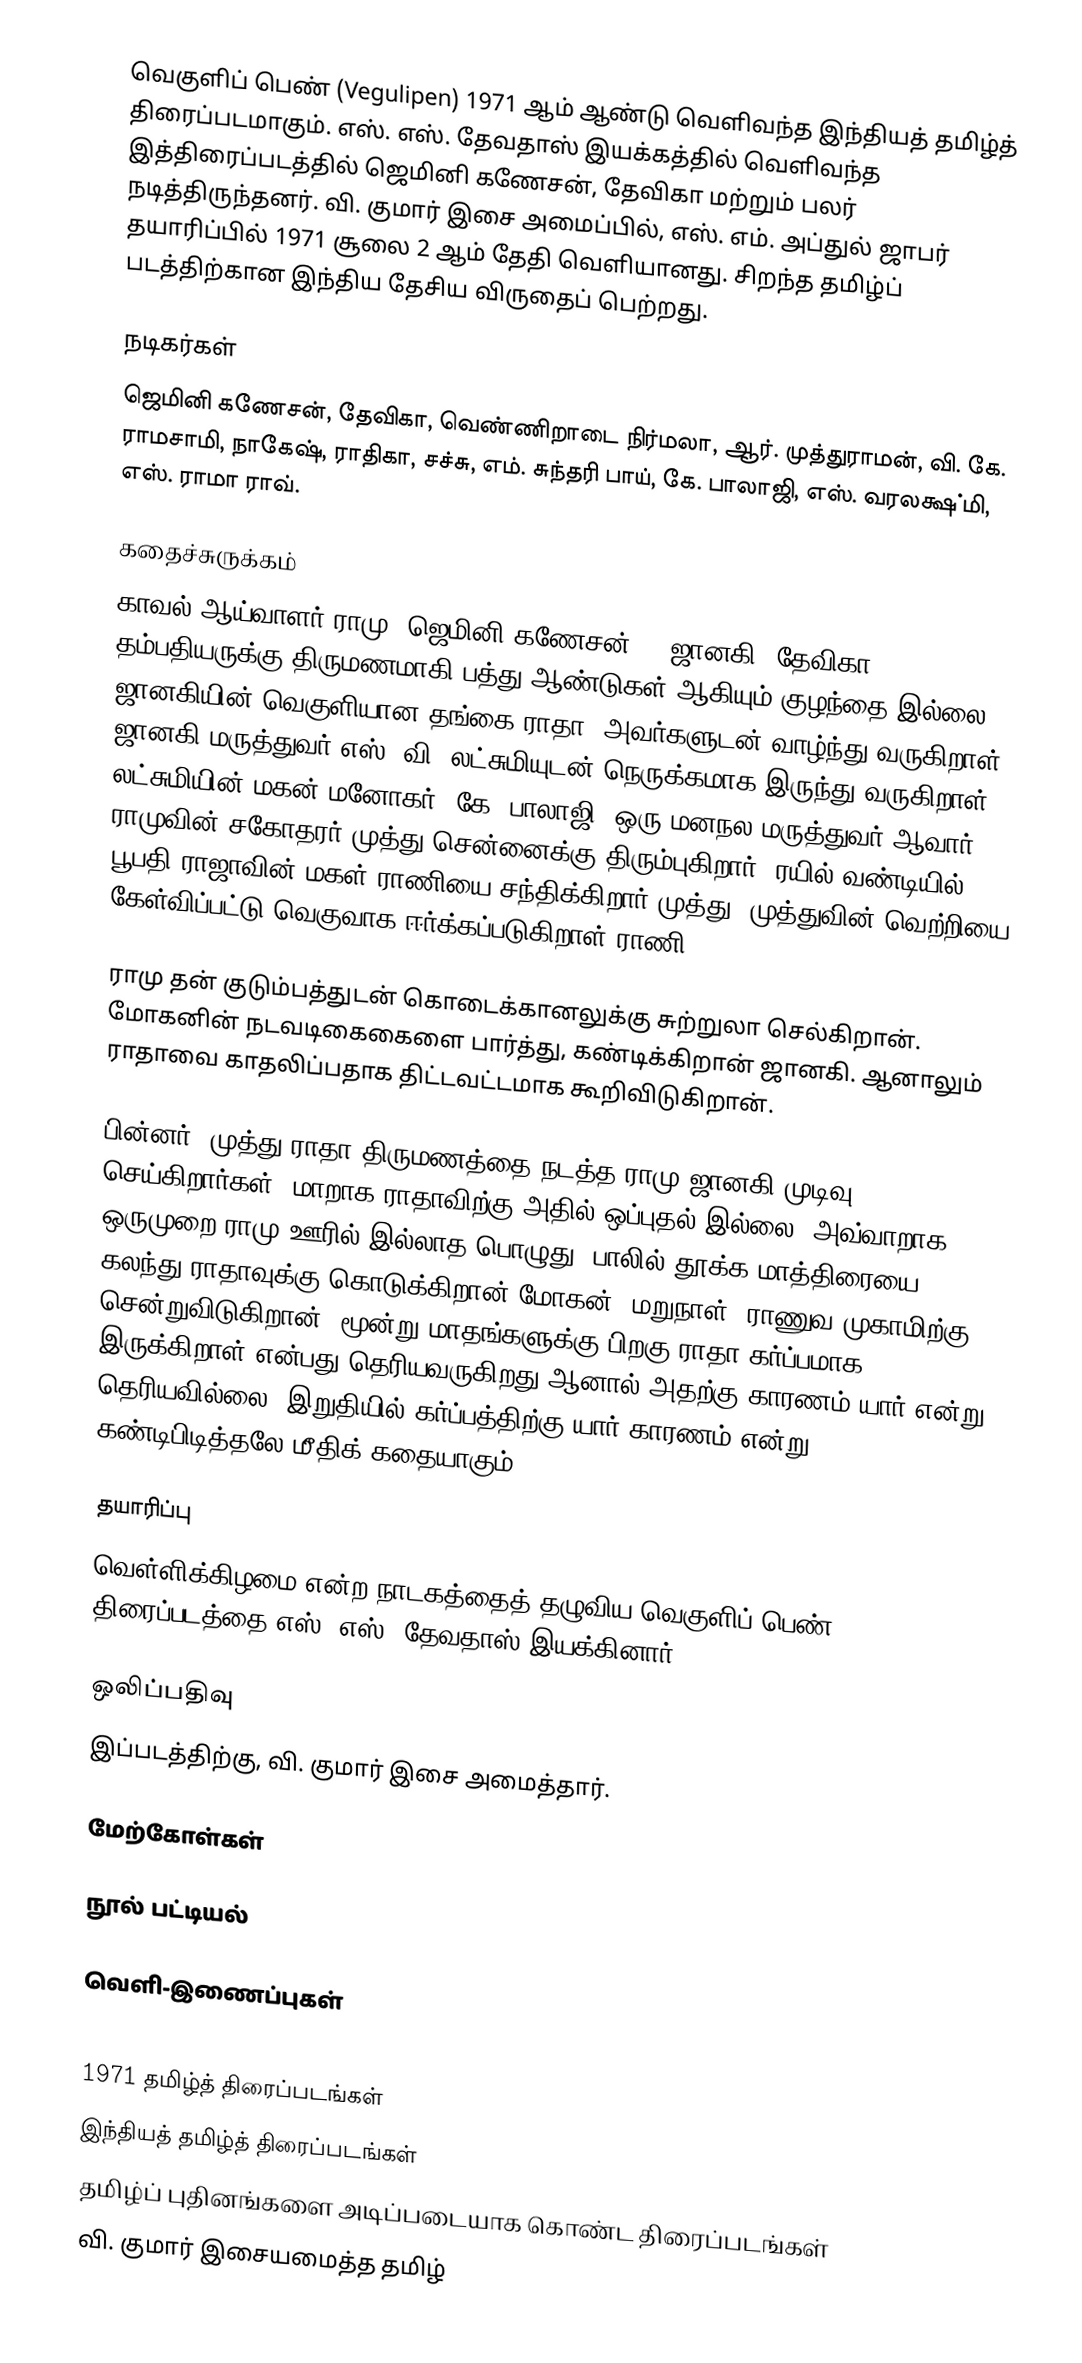
வெகுளிப் பெண் (Vegulipen) 1971 ஆம் ஆண்டு வெளிவந்த இந்தியத் தமிழ்த் திரைப்படமாகும். எஸ். எஸ். தேவதாஸ் இயக்கத்தில் வெளிவந்த இத்திரைப்படத்தில் ஜெமினி கணேசன், தேவிகா மற்றும் பலர் நடித்திருந்தனர். வி. குமார் இசை அமைப்பில், எஸ். எம். அப்துல் ஜாபர் தயாரிப்பில் 1971 சூலை 2 ஆம் தேதி வெளியானது. சிறந்த தமிழ்ப் படத்திற்கான இந்திய தேசிய விருதைப் பெற்றது.

நடிகர்கள்
ஜெமினி கணேசன், தேவிகா, வெண்ணிறாடை நிர்மலா, ஆர். முத்துராமன், வி. கே. ராமசாமி, நாகேஷ், ராதிகா, சச்சு, எம். சுந்தரி பாய், கே. பாலாஜி, எஸ். வரலக்ஷ்மி, எஸ். ராமா ராவ்.

கதைச்சுருக்கம்
காவல் ஆய்வாளர் ராமு (ஜெமினி கணேசன்) - ஜானகி (தேவிகா) தம்பதியருக்கு திருமணமாகி பத்து ஆண்டுகள் ஆகியும் குழந்தை இல்லை. ஜானகியின் வெகுளியான தங்கை ராதா, அவர்களுடன் வாழ்ந்து வருகிறாள். ஜானகி மருத்துவர் எஸ். வி. லட்சுமியுடன் நெருக்கமாக இருந்து வருகிறாள். லட்சுமியின் மகன் மனோகர் (கே. பாலாஜி) ஒரு மனநல மருத்துவர் ஆவார். ராமுவின் சகோதரர் முத்து சென்னைக்கு திரும்புகிறார். ரயில் வண்டியில், பூபதி ராஜாவின் மகள் ராணியை சந்திக்கிறார் முத்து. முத்துவின் வெற்றியை கேள்விப்பட்டு வெகுவாக ஈர்க்கப்படுகிறாள் ராணி.

ராமு தன் குடும்பத்துடன் கொடைக்கானலுக்கு சுற்றுலா செல்கிறான். மோகனின் நடவடிகைகைளை பார்த்து, கண்டிக்கிறான் ஜானகி. ஆனாலும் ராதாவை காதலிப்பதாக திட்டவட்டமாக கூறிவிடுகிறான்.

பின்னர், முத்து-ராதா திருமணத்தை நடத்த ராமு-ஜானகி முடிவு செய்கிறார்கள். மாறாக ராதாவிற்கு அதில் ஒப்புதல் இல்லை. அவ்வாறாக ஒருமுறை ராமு ஊரில் இல்லாத பொழுது, பாலில் தூக்க மாத்திரையை கலந்து ராதாவுக்கு கொடுக்கிறான் மோகன். மறுநாள், ராணுவ முகாமிற்கு சென்றுவிடுகிறான். மூன்று மாதங்களுக்கு பிறகு ராதா கர்ப்பமாக இருக்கிறாள் என்பது தெரியவருகிறது ஆனால் அதற்கு காரணம் யார் என்று தெரியவில்லை. இறுதியில் கர்ப்பத்திற்கு யார் காரணம் என்று கண்டிபிடித்தலே மீதிக் கதையாகும்.

தயாரிப்பு
வெள்ளிக்கிழமை என்ற நாடகத்தைத் தழுவிய வெகுளிப் பெண் திரைப்படத்தை எஸ். எஸ். தேவதாஸ் இயக்கினார்.

ஒலிப்பதிவு
இப்படத்திற்கு, வி. குமார் இசை அமைத்தார்.

மேற்கோள்கள்

நூல் பட்டியல்

வெளி-இணைப்புகள்

1971 தமிழ்த் திரைப்படங்கள்
இந்தியத் தமிழ்த் திரைப்படங்கள்
தமிழ்ப் புதினங்களை அடிப்படையாக கொண்ட திரைப்படங்கள்
வி. குமார் இசையமைத்த தமிழ்